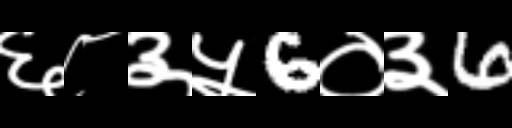
Text: ६८३५6०३6